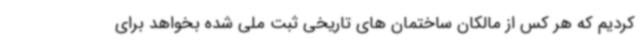
کردیم که هر کس از مالکان ساختمان های تاریخی ثبت ملی شده بخواهد برای